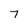
Character: 7